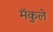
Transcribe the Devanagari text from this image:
मॅकुले